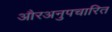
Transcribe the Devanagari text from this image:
औरअनुपचारित